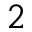
_ 2